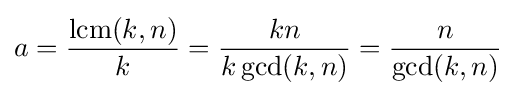
a={\frac {\operatorname {lcm} (k,n)}{k}}={\frac {kn}{k\gcd(k,n)}}={\frac {n}{\gcd(k,n)}}